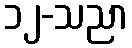
၁၂-သညာ